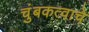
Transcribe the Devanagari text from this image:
चुंबकत्वाचे